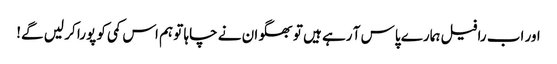
اور اب رافیل ہمارے پاس آ رہے ہیں تو بھگوان نے چاہا تو ہم اس کمی کو پورا کر لیں گے!